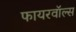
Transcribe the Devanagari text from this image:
फायरवॉल्स